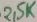
Text: 2,5K